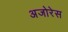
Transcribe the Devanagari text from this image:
अजोरेस